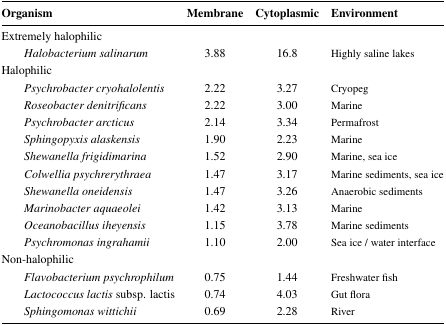
<table><thead><tr><td><b>Organism </b></td><td><b>Membrane </b></td><td><b>Cytoplasmic </b></td><td><b>Environment </b></td></tr></thead><tbody><tr><td>Extremely halophilic </td><td></td><td></td><td></td></tr><tr><td> <i>Halobacterium salinarum</i></td><td>3.88 </td><td>16.8 </td><td>Highly saline lakes </td></tr><tr><td>Halophilic </td><td></td><td></td><td></td></tr><tr><td> <i>Psychrobacter cryohalolentis</i></td><td>2.22 </td><td>3.27 </td><td>Cryopeg </td></tr><tr><td> <i>Roseobacter denitrificans</i></td><td>2.22 </td><td>3.00 </td><td>Marine </td></tr><tr><td> <i>Psychrobacter arcticus</i></td><td>2.14 </td><td>3.34 </td><td>Permafrost </td></tr><tr><td> <i>Sphingopyxis alaskensis</i></td><td>1.90 </td><td>2.23 </td><td>Marine </td></tr><tr><td> <i>Shewanella frigidimarina</i></td><td>1.52 </td><td>2.90 </td><td>Marine, sea ice </td></tr><tr><td> <i>Colwellia psychrerythraea</i></td><td>1.47 </td><td>3.17 </td><td>Marine sediments, sea ice </td></tr><tr><td> <i>Shewanella oneidensis</i></td><td>1.47 </td><td>3.26 </td><td>Anaerobic sediments </td></tr><tr><td> <i>Marinobacter aquaeolei</i></td><td>1.42 </td><td>3.13 </td><td>Marine </td></tr><tr><td> <i>Oceanobacillus iheyensis</i></td><td>1.15 </td><td>3.78 </td><td>Marine sediments </td></tr><tr><td> <i>Psychromonas ingrahamii</i></td><td>1.10 </td><td>2.00 </td><td>Sea ice / water interface </td></tr><tr><td>Non-halophilic </td><td></td><td></td><td></td></tr><tr><td> <i>Flavobacterium psychrophilum</i></td><td>0.75 </td><td>1.44 </td><td>Freshwater fish </td></tr><tr><td> <i>Lactococcus lactis</i> subsp. lactis </td><td>0.74 </td><td>4.03 </td><td>Gut flora </td></tr><tr><td> <i>Sphingomonas wittichii</i></td><td>0.69 </td><td>2.28 </td><td>River </td></tr></tbody></table>